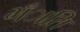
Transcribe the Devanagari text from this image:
भँाति